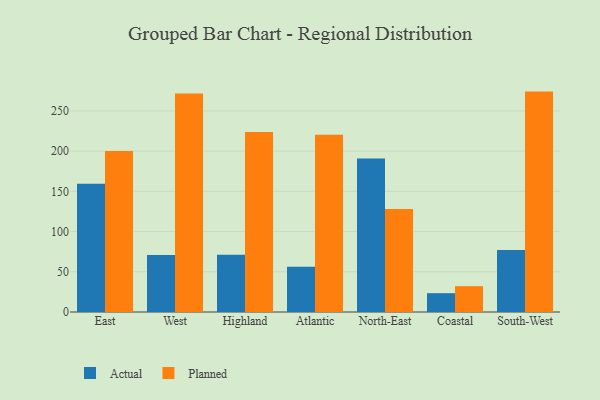
{"axis": {"x": "Region", "y": "Latency (ms)"}, "legend": ["Actual", "Planned"], "data": [{"x": "East", "y": 159.3, "type": "Actual"}, {"x": "East", "y": 200.0, "type": "Planned"}, {"x": "West", "y": 70.9, "type": "Actual"}, {"x": "West", "y": 271.7, "type": "Planned"}, {"x": "Highland", "y": 71.3, "type": "Actual"}, {"x": "Highland", "y": 223.7, "type": "Planned"}, {"x": "Atlantic", "y": 56.1, "type": "Actual"}, {"x": "Atlantic", "y": 220.4, "type": "Planned"}, {"x": "North-East", "y": 190.7, "type": "Actual"}, {"x": "North-East", "y": 128.1, "type": "Planned"}, {"x": "Coastal", "y": 23.4, "type": "Actual"}, {"x": "Coastal", "y": 32.1, "type": "Planned"}, {"x": "South-West", "y": 77.1, "type": "Actual"}, {"x": "South-West", "y": 274.0, "type": "Planned"}]}